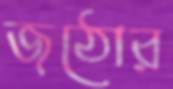
জঠোর